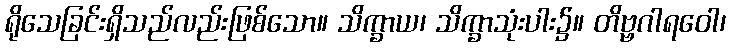
ရိုသေခြင်းရှိသည်လည်းဖြစ်သော။ သိက္ခာယ၊ သိက္ခာသုံးပါး၌။ တိဗ္ဗဂါရဝေါ၊